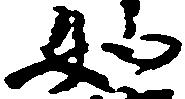
如